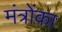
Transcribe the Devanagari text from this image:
मंत्रोंका